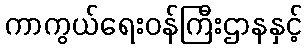
ကာကွယ်ရေးဝန်ကြီးဌာနနှင့်